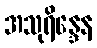
အသုရိန္ဒေန